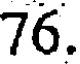
76.